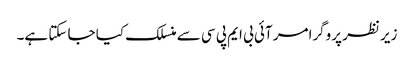
زیر نظر پروگرامر آئی بی ایم پی سی سے منسلک کیا جا سکتا ہے۔